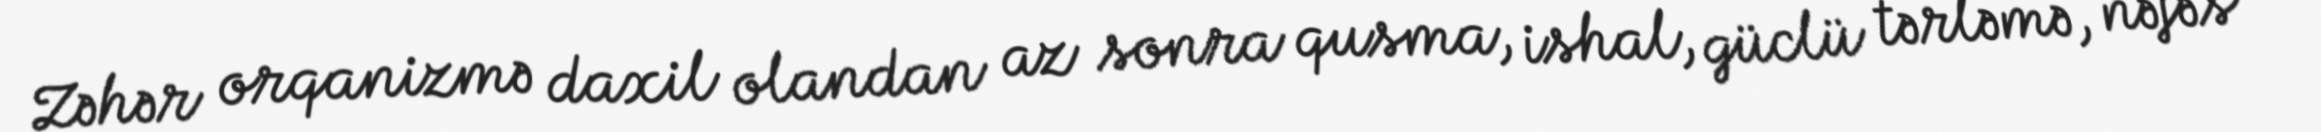
Zəhər orqanizmə daxil olandan az sonra qusma, ishal, güclü tərləmə, nəfəs